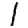
Digit: 1